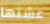
عشتها